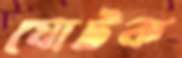
যোটক